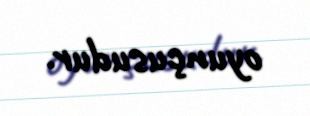
oyunçusudur.